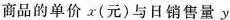
商品的单价x(元)与日销售量y